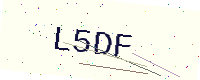
Text: L5DF